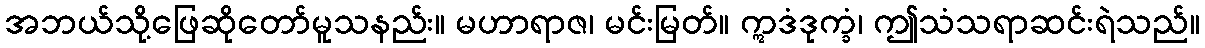
အဘယ်သို့ဖြေဆိုတော်မူသနည်း။ မဟာရာဇ၊ မင်းမြတ်။ ဣဒံဒုက္ခံ၊ ဤသံသရာဆင်းရဲသည်။